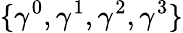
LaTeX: \{ \gamma^{0},\gamma^{1},\gamma^{2},\gamma^{3}\}